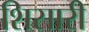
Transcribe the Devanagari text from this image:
शिसारी